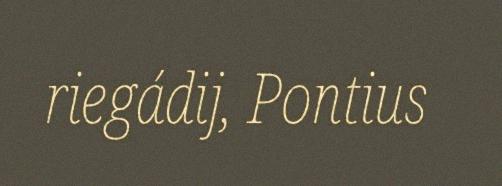
riegádij, Pontius